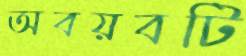
অবয়বটি